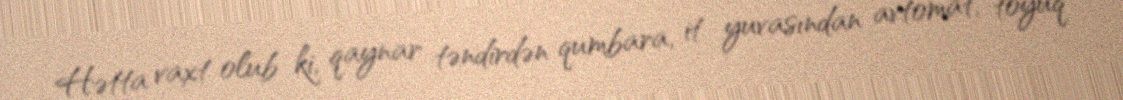
Hətta vaxt olub ki, qaynar təndirdən qumbara, it yuvasından avtomat, toyuq